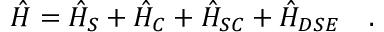
\hat { H } = \hat { H } _ { S } + \hat { H } _ { C } + \hat { H } _ { S C } + \hat { H } _ { D S E } \quad .